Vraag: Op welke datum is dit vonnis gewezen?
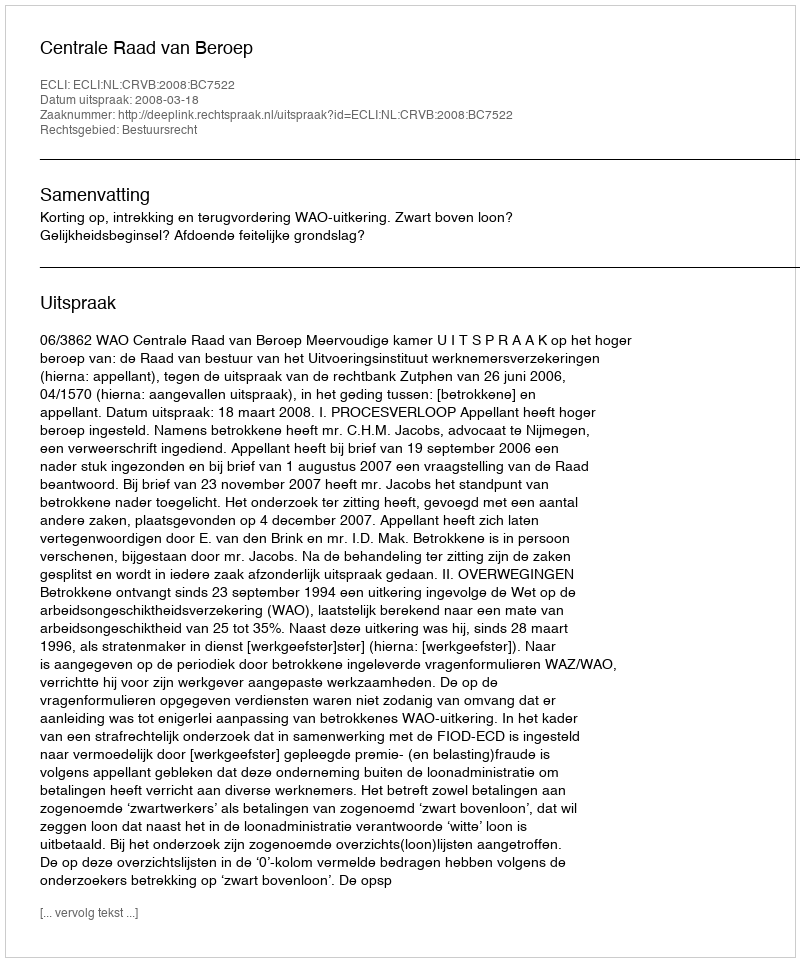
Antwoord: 2008-03-18